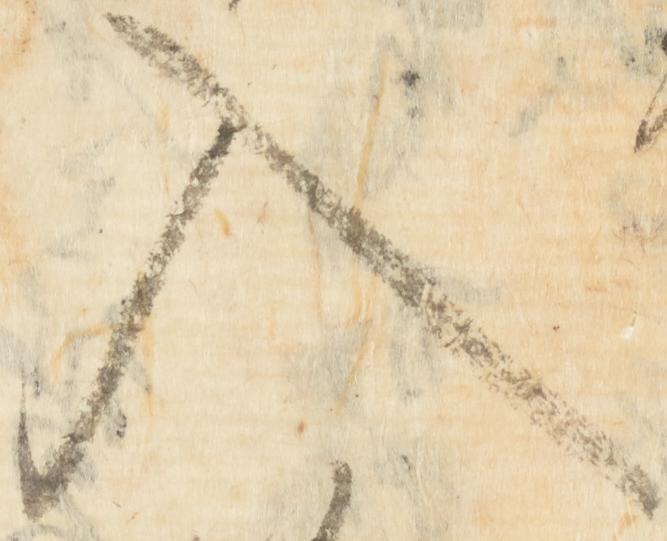
入